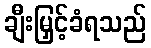
ချီးမြှင့်ခံရသည်